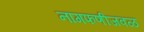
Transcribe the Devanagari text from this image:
नागफणीजवळ